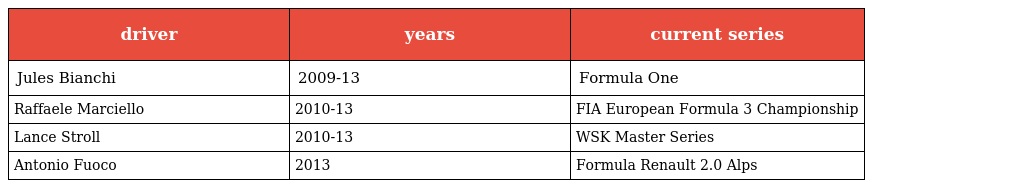
| driver | years | current series |
 | --- | --- | --- |
 | Jules Bianchi | 2009-13 | Formula One |
 | Raffaele Marciello | 2010-13 | FIA European Formula 3 Championship |
 | Lance Stroll | 2010-13 | WSK Master Series |
 | Antonio Fuoco | 2013 | Formula Renault 2.0 Alps |